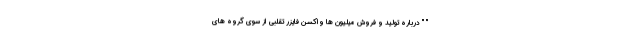
" " درباره تولید و فروش میلیون ها واکسن فایزر تقلبی از سوی گروه های